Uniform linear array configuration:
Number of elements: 64
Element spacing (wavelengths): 0.25
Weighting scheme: kaiser
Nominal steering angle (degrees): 0
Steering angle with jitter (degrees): -0.1475
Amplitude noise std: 0.05
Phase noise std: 0.05

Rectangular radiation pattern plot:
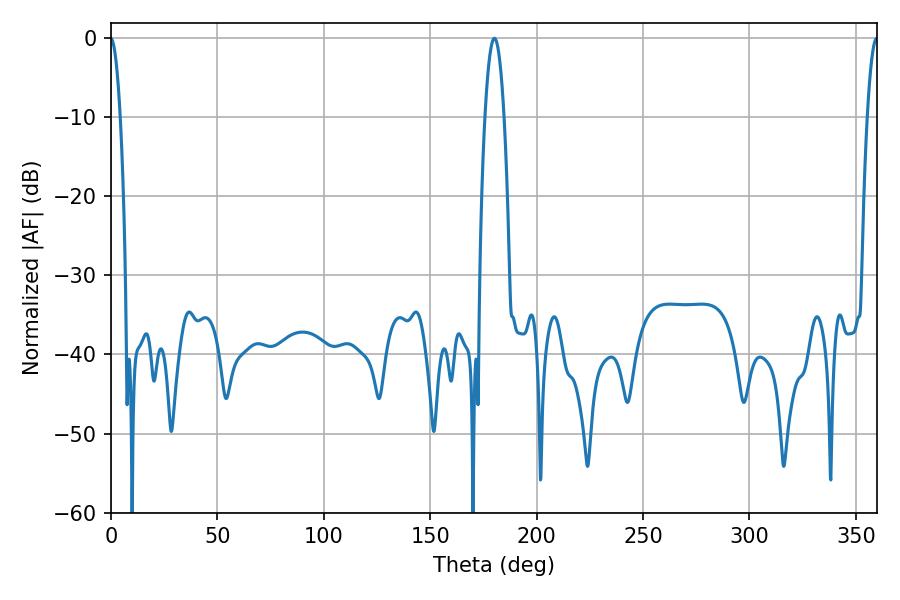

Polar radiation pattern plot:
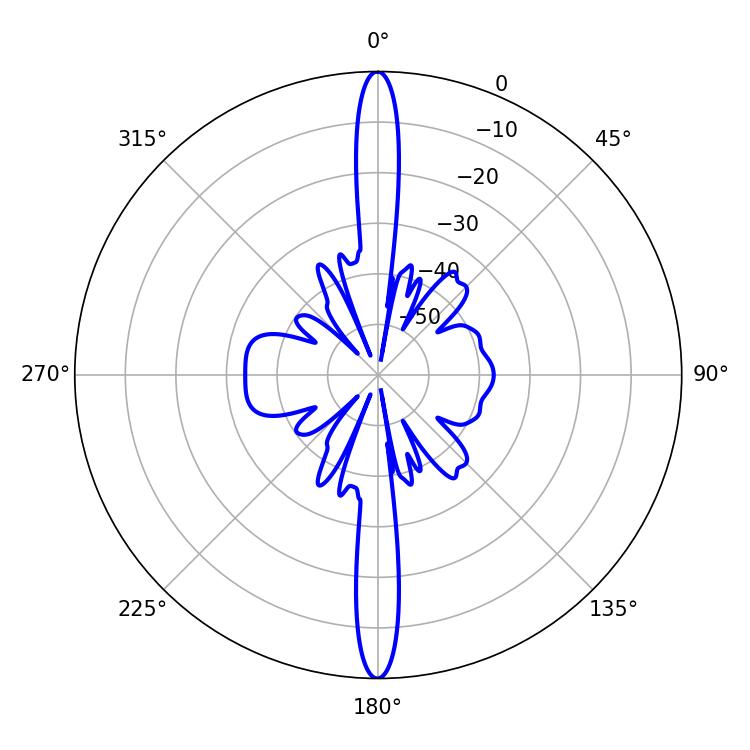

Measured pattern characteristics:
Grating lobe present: FALSE
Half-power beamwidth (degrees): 5.04
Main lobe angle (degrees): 180.18